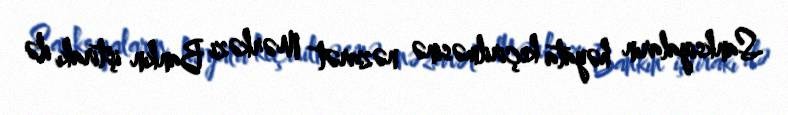
Sanksiyaların həyata keçirilməsinə nəzarət Mərkəzi Bankın iştirakı ilə